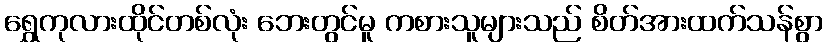
ရွှေကုလားထိုင်တစ်လုံး ဘေးတွင်မူ ကစားသူများသည် စိတ်အားထက်သန်စွာ